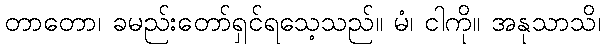
တာတော၊ ခမည်းတော်ရှင်ရသေ့သည်။ မံ၊ ငါကို။ အနုသာသိ၊